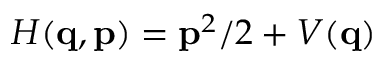
H ( \ensuremath { \mathbf { q } } , \ensuremath { \mathbf { p } } ) = \ensuremath { \mathbf { p } } ^ { 2 } / 2 + V ( \ensuremath { \mathbf { q } } )